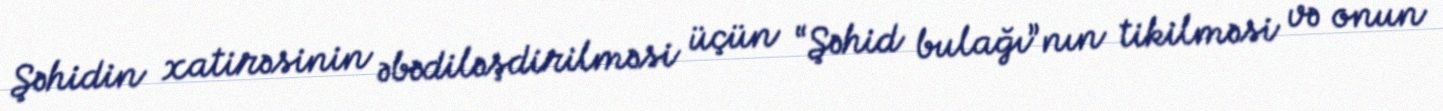
Şəhidin xatirəsinin əbədiləşdirilməsi üçün “Şəhid bulağı”nın tikilməsi və onun